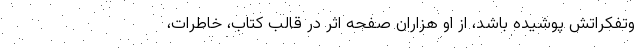
وتفکراتش پوشیده باشد، از او هزاران صفحه اثر در قالب کتاب، خاطرات،